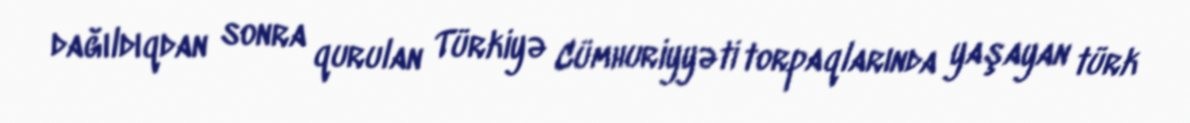
dağıldıqdan sonra qurulan Türkiyə Cümhuriyyəti torpaqlarında yaşayan türk